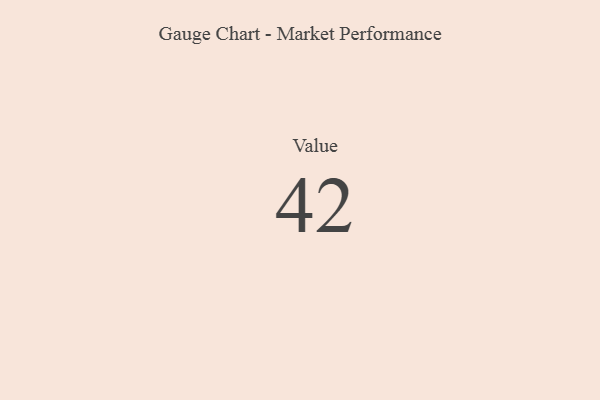
{"axis": {"x": "Metric", "y": "Value"}, "legend": [""], "data": [{"x": "Value", "y": 42, "type": ""}]}